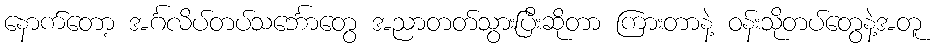
နောက်တော့ အင်္ဂလိပ်တပ်သင်္ဘောတွေ အညာတတ်သွားပြီးဆိုတာ ကြားတာနဲ့ ဝန်းသိုတပ်တွေနဲ့အတူ